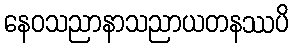
နေဝသညာနာသညာယတနဿပိ